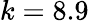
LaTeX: k=8.9